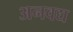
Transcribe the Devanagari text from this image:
अनवद्य